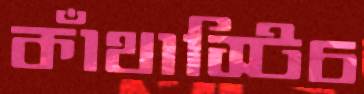
কাঁথাস্টিচ